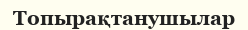
Топырақтанушылар